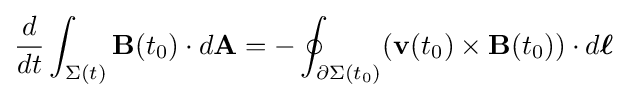
{\frac {d}{dt}}\int _{\Sigma (t)}\mathbf {B} (t_{0})\cdot d\mathbf {A} =-\oint _{\partial \Sigma (t_{0})}(\mathbf {v} (t_{0})\times \mathbf {B} (t_{0}))\cdot d{\boldsymbol {\ell }}